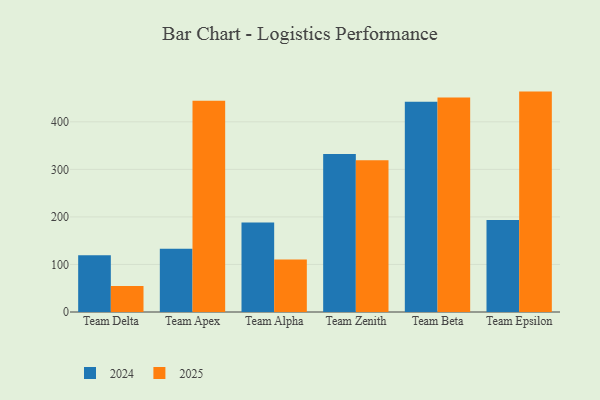
{"axis": {"x": "Team", "y": "Gross Profit (USD K)"}, "legend": ["2024", "2025"], "data": [{"x": "Team Delta", "y": 54.8, "type": "2025"}, {"x": "Team Delta", "y": 119.3, "type": "2024"}, {"x": "Team Apex", "y": 444.1, "type": "2025"}, {"x": "Team Apex", "y": 132.9, "type": "2024"}, {"x": "Team Alpha", "y": 110.6, "type": "2025"}, {"x": "Team Alpha", "y": 188.2, "type": "2024"}, {"x": "Team Zenith", "y": 319.0, "type": "2025"}, {"x": "Team Zenith", "y": 332.1, "type": "2024"}, {"x": "Team Beta", "y": 451.3, "type": "2025"}, {"x": "Team Beta", "y": 442.3, "type": "2024"}, {"x": "Team Epsilon", "y": 463.6, "type": "2025"}, {"x": "Team Epsilon", "y": 193.6, "type": "2024"}]}